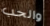
والحب